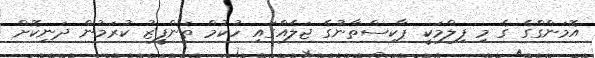
އޮމަންގްގެ ގެ މި ފިލްމަކީ ޕާކިސްތާނުގެ ޖަލެއްގައި ހުކުމް ތަންފީޒު ކުރަމުން ދަނިކޮށް